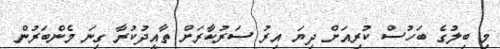
މި ބިލުގެ ބަހުސް ކުރިއަށް ދިޔަ އިރު ސަރުކާރަށް ތާއީދުކުރާ ގިނަ މެންބަރުން